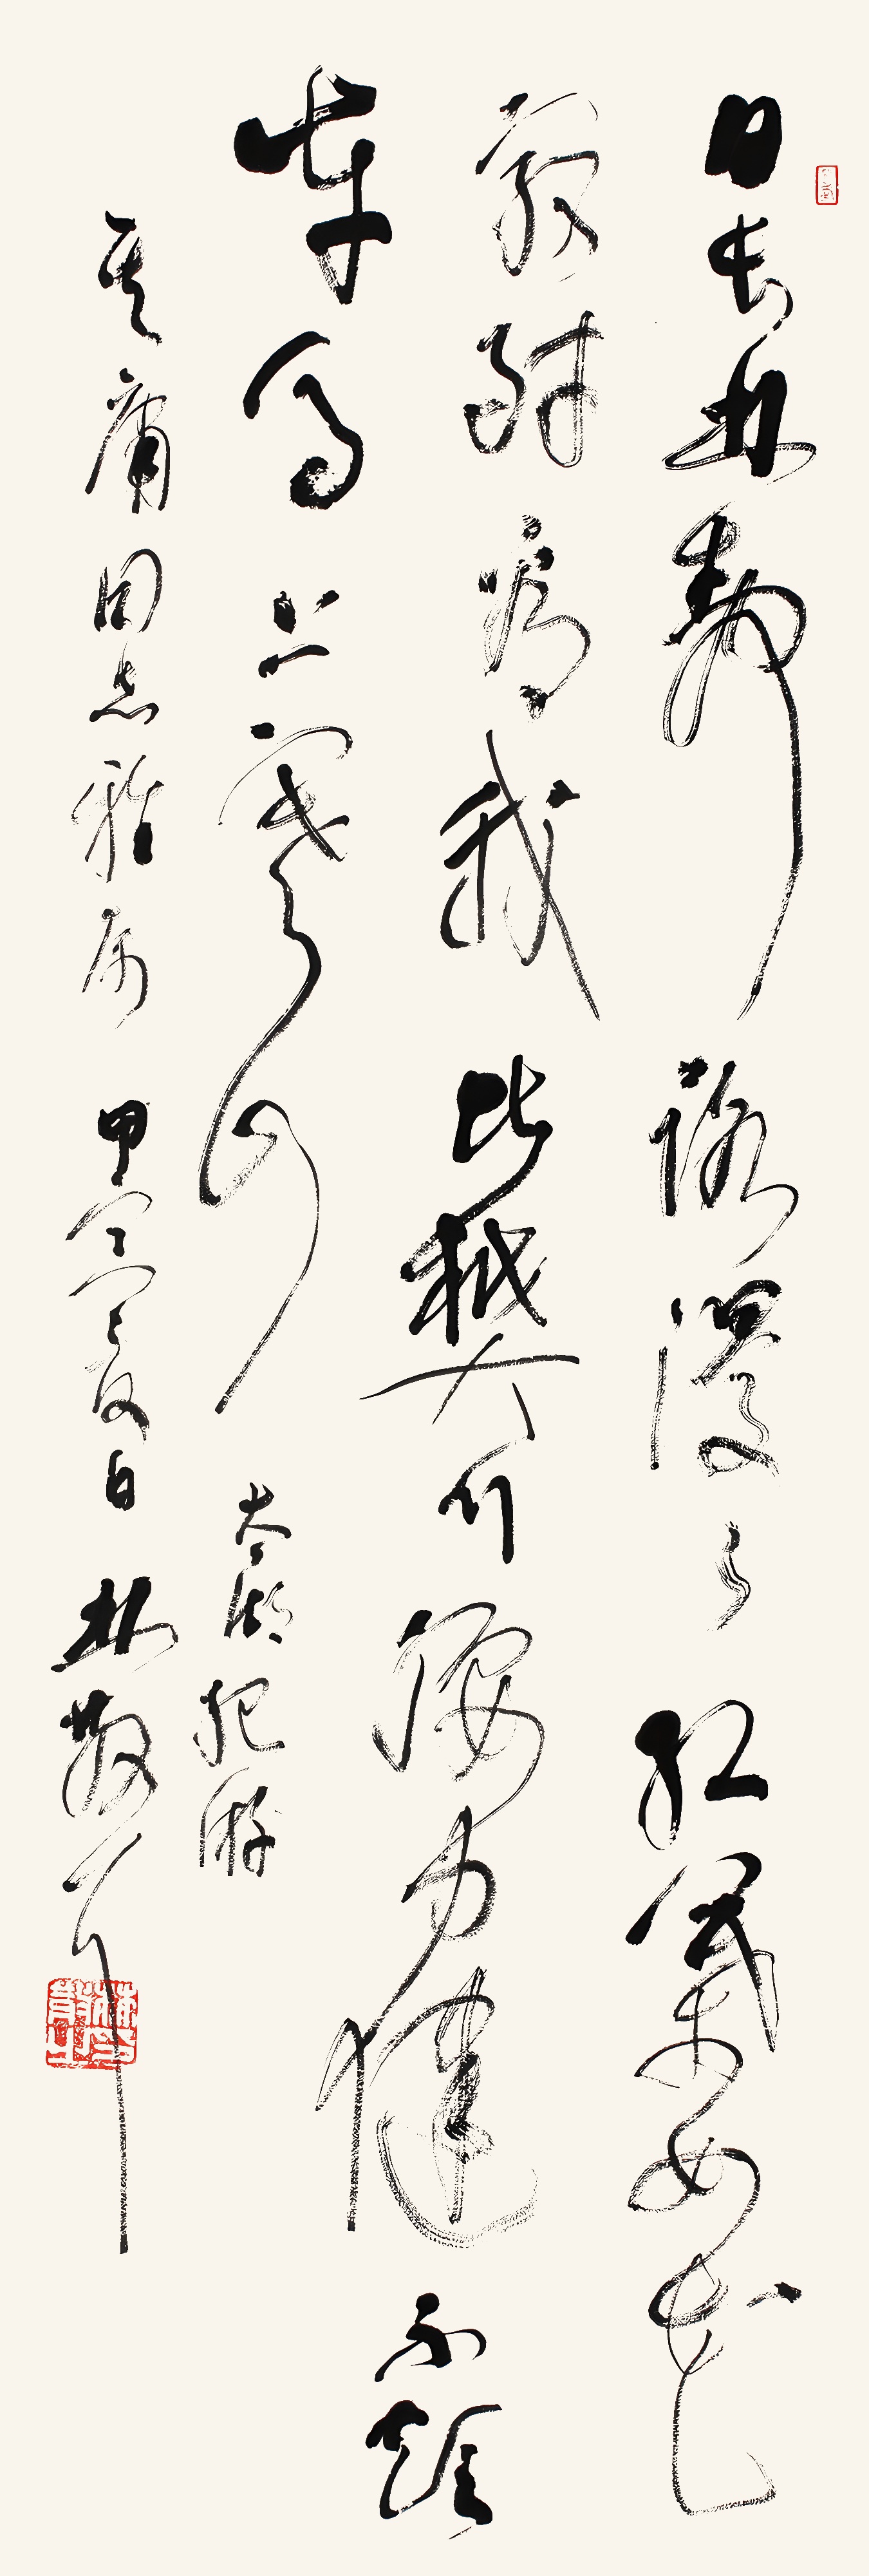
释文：日长林散路漫漫，红叶如花最耐看。我比樊川腰力健，不烦车马上寒山。太湖纪游。其庸同志雅属，甲寅夏日，林散耳。